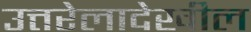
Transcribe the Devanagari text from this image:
उत्तरेलादेखील